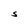
Character: S